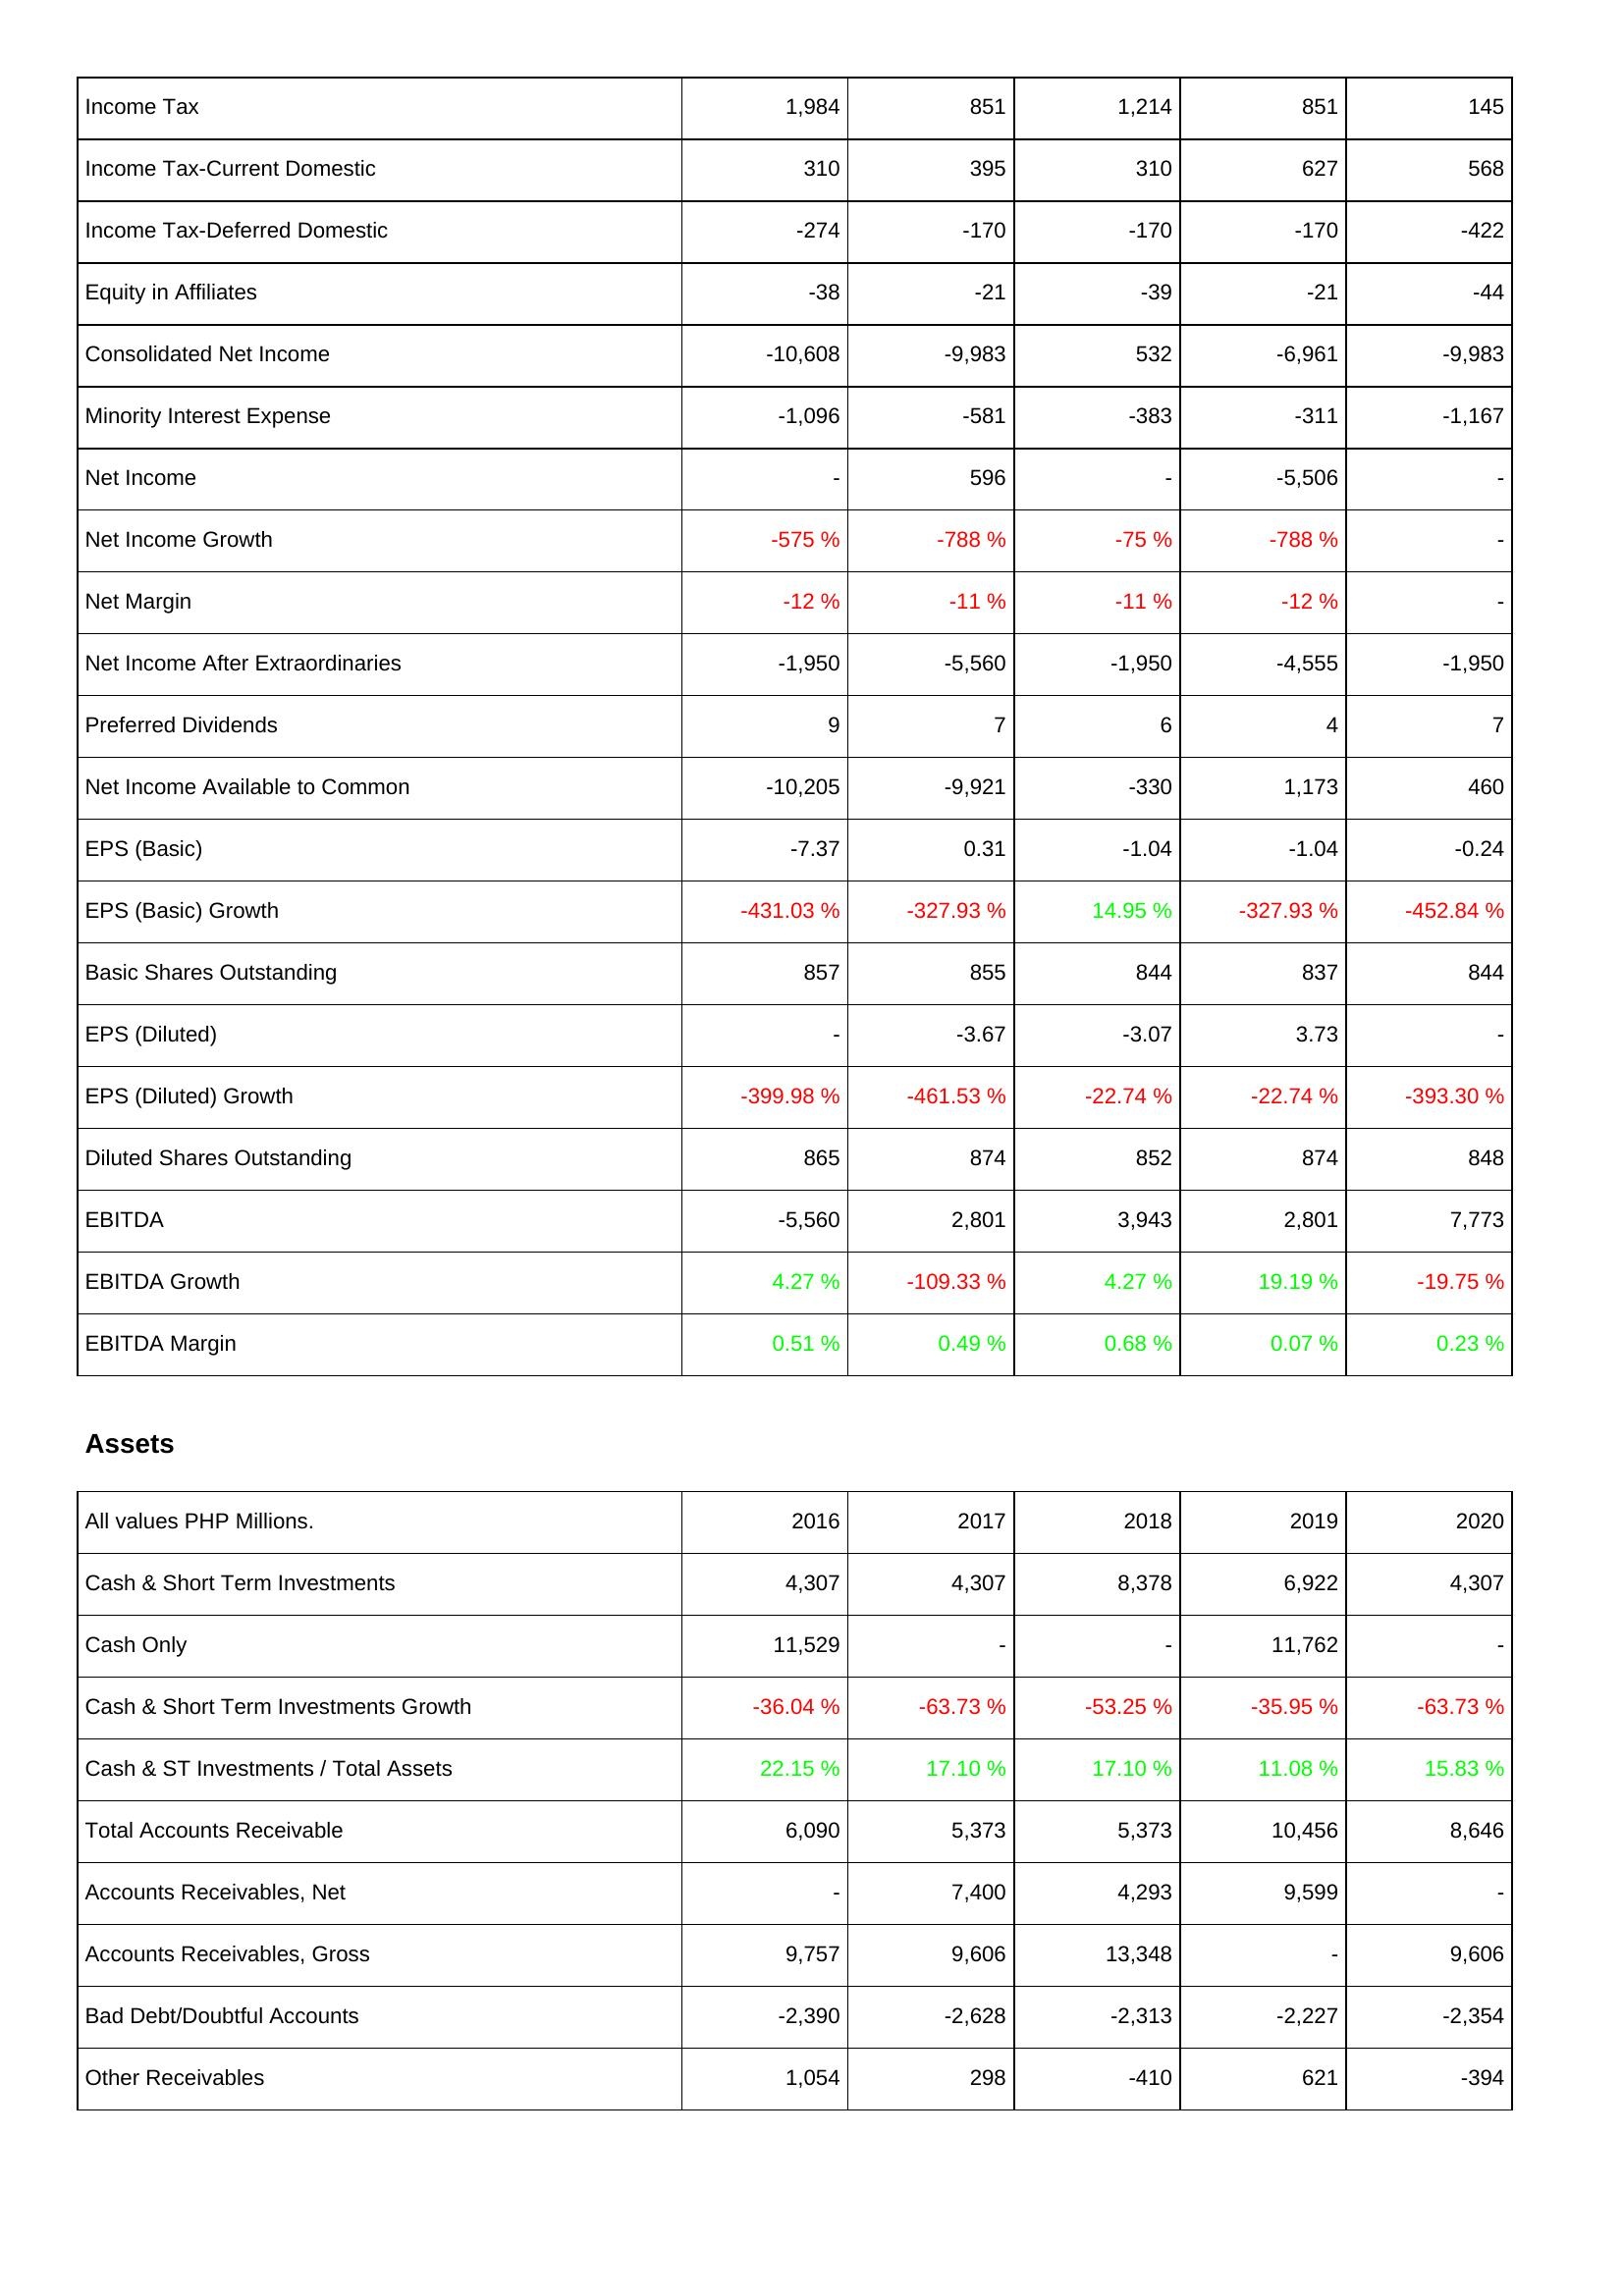
2016: Income Statement: Income Tax: 1,984
Income Tax-Current Domestic: 310
Income Tax-Deferred Domestic: -274
Equity in Affiliates: -38
Consolidated Net Income: -10,608
Minority Interest Expense: -1,096
Net Income: -
Net Income Growth: -575 %
Net Margin: -12 %
Net Income After Extraordinaries: -1,950
Preferred Dividends: 9
Net Income Available to Common: -10,205
EPS (Basic): -7.37
EPS (Basic) Growth: -431.03 %
Basic Shares Outstanding: 857
EPS (Diluted): -
EPS (Diluted) Growth: -399.98 %
Diluted Shares Outstanding: 865
EBITDA: -5,560
EBITDA Growth: 4.27 %
EBITDA Margin: 0.51 %
Assets: Cash & Short Term Investments: 4,307
Cash Only: 11,529
Cash & Short Term Investments Growth: -36.04 %
Cash & ST Investments / Total Assets: 22.15 %
Total Accounts Receivable: 6,090
Accounts Receivables, Net: -
Accounts Receivables, Gross: 9,757
Bad Debt/Doubtful Accounts: -2,390
Other Receivables: 1,054
2017: Income Statement: Income Tax: 851
Income Tax-Current Domestic: 395
Income Tax-Deferred Domestic: -170
Equity in Affiliates: -21
Consolidated Net Income: -9,983
Minority Interest Expense: -581
Net Income: 596
Net Income Growth: -788 %
Net Margin: -11 %
Net Income After Extraordinaries: -5,560
Preferred Dividends: 7
Net Income Available to Common: -9,921
EPS (Basic): 0.31
EPS (Basic) Growth: -327.93 %
Basic Shares Outstanding: 855
EPS (Diluted): -3.67
EPS (Diluted) Growth: -461.53 %
Diluted Shares Outstanding: 874
EBITDA: 2,801
EBITDA Growth: -109.33 %
EBITDA Margin: 0.49 %
Assets: Cash & Short Term Investments: 4,307
Cash Only: -
Cash & Short Term Investments Growth: -63.73 %
Cash & ST Investments / Total Assets: 17.10 %
Total Accounts Receivable: 5,373
Accounts Receivables, Net: 7,400
Accounts Receivables, Gross: 9,606
Bad Debt/Doubtful Accounts: -2,628
Other Receivables: 298
2018: Income Statement: Income Tax: 1,214
Income Tax-Current Domestic: 310
Income Tax-Deferred Domestic: -170
Equity in Affiliates: -39
Consolidated Net Income: 532
Minority Interest Expense: -383
Net Income: -
Net Income Growth: -75 %
Net Margin: -11 %
Net Income After Extraordinaries: -1,950
Preferred Dividends: 6
Net Income Available to Common: -330
EPS (Basic): -1.04
EPS (Basic) Growth: 14.95 %
Basic Shares Outstanding: 844
EPS (Diluted): -3.07
EPS (Diluted) Growth: -22.74 %
Diluted Shares Outstanding: 852
EBITDA: 3,943
EBITDA Growth: 4.27 %
EBITDA Margin: 0.68 %
Assets: Cash & Short Term Investments: 8,378
Cash Only: -
Cash & Short Term Investments Growth: -53.25 %
Cash & ST Investments / Total Assets: 17.10 %
Total Accounts Receivable: 5,373
Accounts Receivables, Net: 4,293
Accounts Receivables, Gross: 13,348
Bad Debt/Doubtful Accounts: -2,313
Other Receivables: -410
2019: Income Statement: Income Tax: 851
Income Tax-Current Domestic: 627
Income Tax-Deferred Domestic: -170
Equity in Affiliates: -21
Consolidated Net Income: -6,961
Minority Interest Expense: -311
Net Income: -5,506
Net Income Growth: -788 %
Net Margin: -12 %
Net Income After Extraordinaries: -4,555
Preferred Dividends: 4
Net Income Available to Common: 1,173
EPS (Basic): -1.04
EPS (Basic) Growth: -327.93 %
Basic Shares Outstanding: 837
EPS (Diluted): 3.73
EPS (Diluted) Growth: -22.74 %
Diluted Shares Outstanding: 874
EBITDA: 2,801
EBITDA Growth: 19.19 %
EBITDA Margin: 0.07 %
Assets: Cash & Short Term Investments: 6,922
Cash Only: 11,762
Cash & Short Term Investments Growth: -35.95 %
Cash & ST Investments / Total Assets: 11.08 %
Total Accounts Receivable: 10,456
Accounts Receivables, Net: 9,599
Accounts Receivables, Gross: -
Bad Debt/Doubtful Accounts: -2,227
Other Receivables: 621
2020: Income Statement: Income Tax: 145
Income Tax-Current Domestic: 568
Income Tax-Deferred Domestic: -422
Equity in Affiliates: -44
Consolidated Net Income: -9,983
Minority Interest Expense: -1,167
Net Income: -
Net Income Growth: -
Net Margin: -
Net Income After Extraordinaries: -1,950
Preferred Dividends: 7
Net Income Available to Common: 460
EPS (Basic): -0.24
EPS (Basic) Growth: -452.84 %
Basic Shares Outstanding: 844
EPS (Diluted): -
EPS (Diluted) Growth: -393.30 %
Diluted Shares Outstanding: 848
EBITDA: 7,773
EBITDA Growth: -19.75 %
EBITDA Margin: 0.23 %
Assets: Cash & Short Term Investments: 4,307
Cash Only: -
Cash & Short Term Investments Growth: -63.73 %
Cash & ST Investments / Total Assets: 15.83 %
Total Accounts Receivable: 8,646
Accounts Receivables, Net: -
Accounts Receivables, Gross: 9,606
Bad Debt/Doubtful Accounts: -2,354
Other Receivables: -394